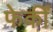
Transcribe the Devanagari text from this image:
फेकीं